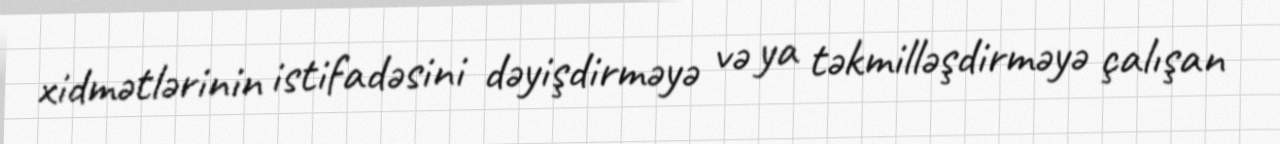
xidmətlərinin istifadəsini dəyişdirməyə və ya təkmilləşdirməyə çalışan